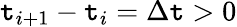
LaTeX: \mathtt{t}_{i+1}-\mathtt{t}_{i}=\Delta\mathtt{t}>0